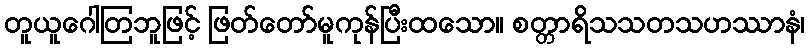
တူယူဂေါတြဘူဖြင့် ဖြတ်တော်မူကုန်ပြီးထသော။ စတ္တာရိသသတသဟဿာနံ၊